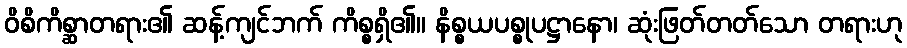
ဝိစိကိစ္ဆာတရား၏ ဆန့်ကျင်ဘက် ကိစ္စရှိ၏။ နိစ္စယပစ္စုပဋ္ဌာနော၊ ဆုံးဖြတ်တတ်သော တရားဟု